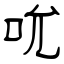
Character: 吮